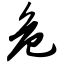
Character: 危